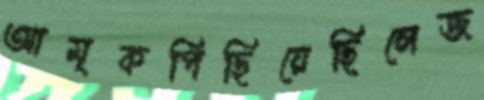
আমৃকপিছিয়েছিলেজ